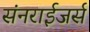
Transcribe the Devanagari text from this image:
संनराईजर्स